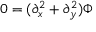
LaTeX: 0 = ( \partial _ { x } ^ { 2 } + \partial _ { y } ^ { 2 } ) \Phi